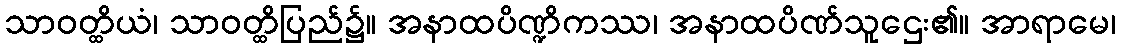
သာဝတ္ထိယံ၊ သာဝတ္ထိပြည်၌။ အနာထပိဏ္ဍိကဿ၊ အနာထပိဏ်သူဌေး၏။ အာရာမေ၊